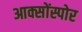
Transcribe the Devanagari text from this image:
आक्सोंस्पोर